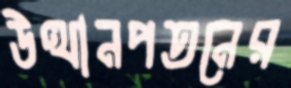
উত্থানপতনের